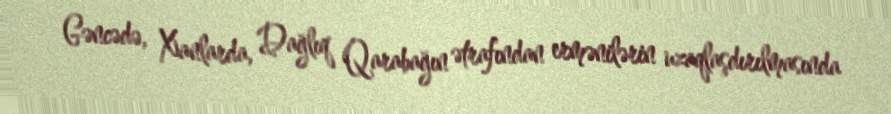
Gəncədə, Xanlarda, Dağlıq Qarabağın ətrafından ermənilərin uzaqlaşdırılmasında